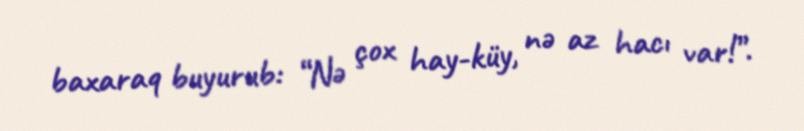
baxaraq buyurub: “Nə çox hay-küy, nə az hacı var!”.